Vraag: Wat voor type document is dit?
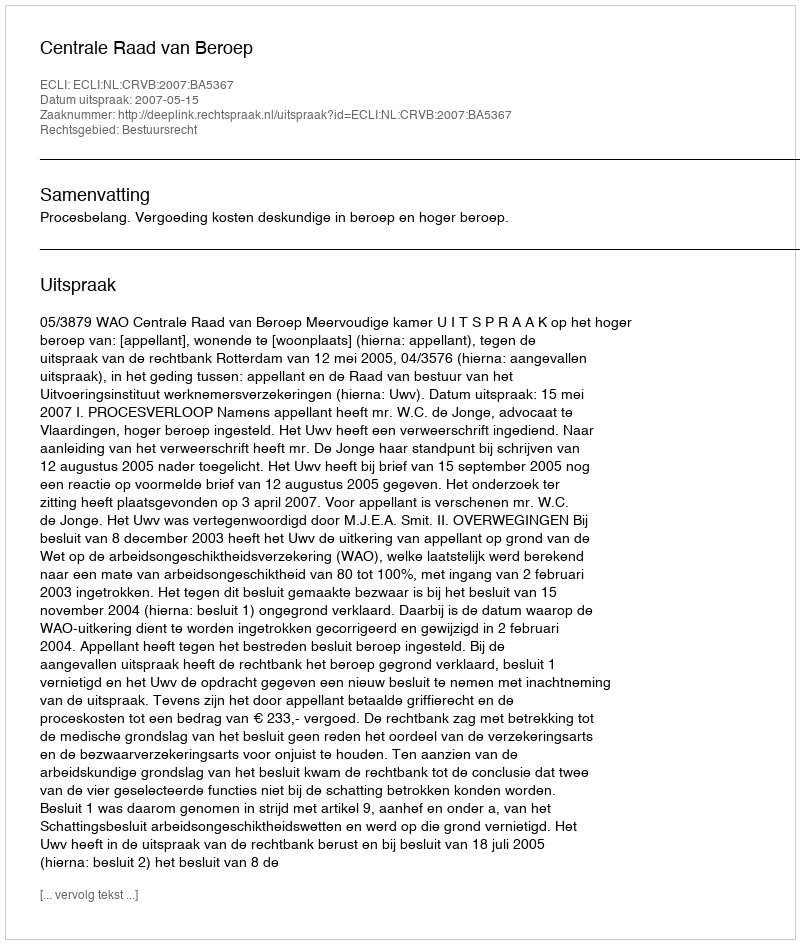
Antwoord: Uitspraak